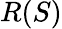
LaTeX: R(S)